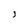
Character: J